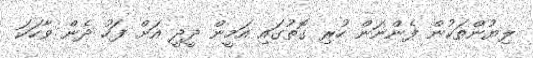
ލިޔުންތަކުން ފެންނަން ހުރި ގޮތުގައި އަމީން ދީދީ އަށް ފަހު ދެން ވާހަކަ